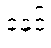
ခဲနှင့်